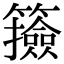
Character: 籡